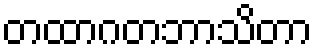
တထာဂတဘာသိတာ